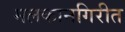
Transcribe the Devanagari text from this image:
मलकानगिरीत